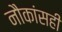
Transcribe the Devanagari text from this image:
नौकांसही